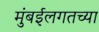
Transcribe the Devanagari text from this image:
मुंबईलगतच्या